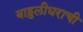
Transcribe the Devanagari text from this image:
बाहुलीघराची